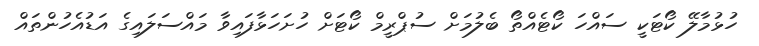
ހުޅުމާލޭ ކޯޓަކީ ސައްހަ ކޯޓެއްތޯ ބެލުމަށް ސުޕްރީމް ކޯޓަށް ހުށަހަޅާފައިވާ މައްސަލައިގެ އަޑުއެހުންތައް